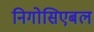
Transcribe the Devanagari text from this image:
निगोसिएबल